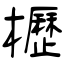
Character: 櫪